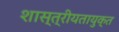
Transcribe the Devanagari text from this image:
शास्त्रीयतायुक्त